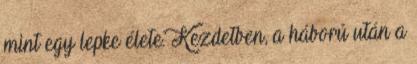
mint egy lepke élete. Kezdetben, a háború után a